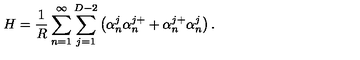
H = \frac { 1 } { R } \sum _ { n = 1 } ^ { \infty } \sum _ { j = 1 } ^ { D - 2 } \left( \alpha _ { n } ^ { j } \alpha _ { n } ^ { j + } + \alpha _ { n } ^ { j + } \alpha _ { n } ^ { j } \right) { . }